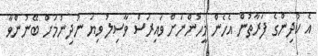
އެ ކުދިންގެ ފަރާތުން އެހެން މީހުންނަށް ވައިރަސް ވާސިލު ވިޔަ ނުދިނުމަށް ބޭނުންވާ